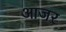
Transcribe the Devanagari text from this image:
आजर